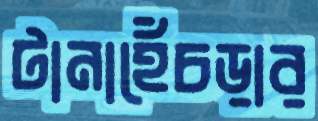
টানাহেঁচড়ার